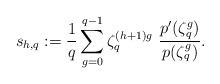
\begin{align*}s_{h,q}: =\frac{1}{q}\sum_{g=0}^{q-1}\zeta_q^{(h+1)g}~\frac{p'(\zeta_q^g)}{p(\zeta_q^g)}.\end{align*}